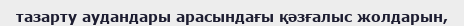
тазарту аудандары арасындағы қәзғалыс жолдарын,